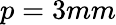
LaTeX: p=3mm